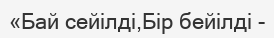
«Бай сейілді,Бір бейілді -